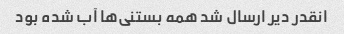
انقدر دیر ارسال شد همه بستنی‌ها آب شده بود